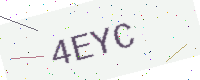
Text: 4EYC